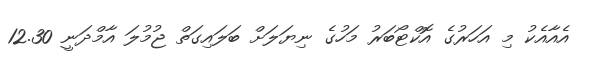
އެއާއެކު މި އަހަރުގެ އޮކްޓޯބަރު މަހުގެ ނިޔަލަށް ބަލައިގަތް ޖުމުލަ އާމްދަނީ 12.30